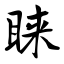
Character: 睐